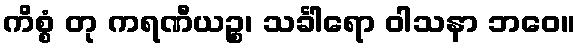
ကိစ္စံ တု ကရဏီယဉ္စ၊ သင်္ခါရော ဝါသနာ ဘဝေ။